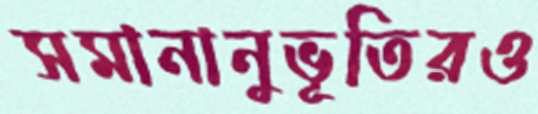
সমানানুভূতিরও